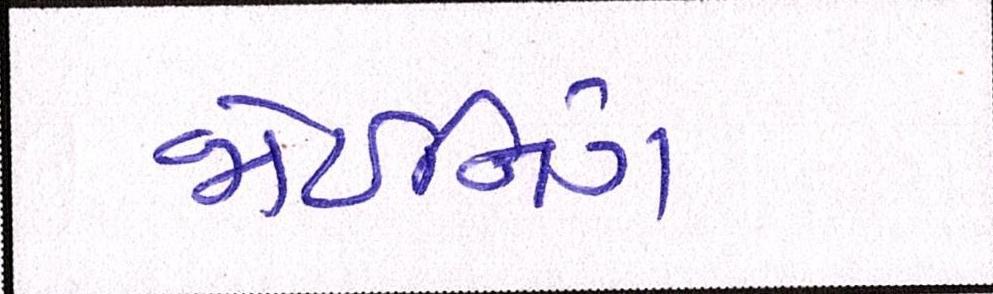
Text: જોઇનિંગ